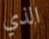
الذي